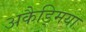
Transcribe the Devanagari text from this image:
अकैड्मिया